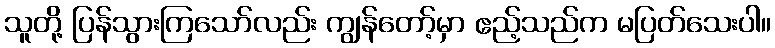
သူတို့ ပြန်သွားကြသော်လည်း ကျွန်တော့်မှာ ဧည့်သည်က မပြတ်သေးပါ။